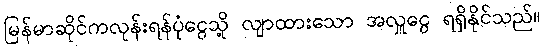
မြန်မာဆိုင်ကလုန်းရန်ပုံငွေသို့ လျာထားသော အလှူငွေ ရရှိနိုင်သည်။